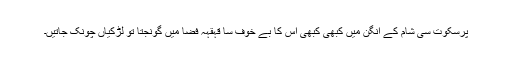
پُرسکوت سی شام کے آنگن میں کبھی کبھی اس کا بے خوف سا قہقہہ فضا میں گونجتا تو لڑکیاں چونک جاتیں۔